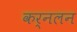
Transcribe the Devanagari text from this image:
कर्नलन